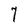
Character: 7